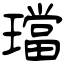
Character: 璫